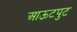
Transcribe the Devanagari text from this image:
आऊटपुट